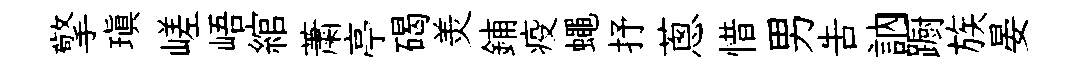
擎瑱嵯峿綰䔥亭碣羙鋪疫蠅抒蔥惜男告訥蹰族晏